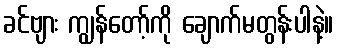
ခင်ဗျား ကျွန်တော့်ကို ချောက်မတွန်းပါနဲ့။